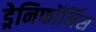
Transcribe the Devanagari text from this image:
ड्रेनिफॉर्मिस